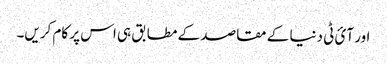
اور آئ ٹی دنیا کے مقاصد کے مطابق ہی اس پر کام کریں۔